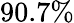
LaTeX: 90.7\%